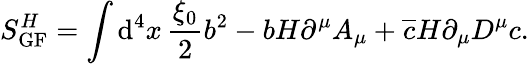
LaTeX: S_{\mathrm{GF}}^{H}=\int\mathrm{d}^{4}x\, \frac{\xi_{0}}{2}b^{2}-bH\partial^{\mu}A_{\mu}+\overline{{c}}H\partial_{\mu}D^{\mu}c.